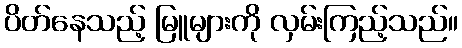
ပိတ်နေသည့် မြူများကို လှမ်းကြည့်သည်။